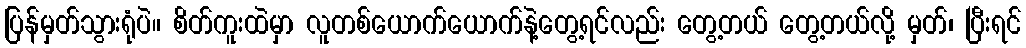
ပြန်မှတ်သွားရုံပဲ။ စိတ်ကူးထဲမှာ လူတစ်ယောက်ယောက်နဲ့တွေ့ရင်လည်း တွေ့တယ် တွေ့တယ်လို့ မှတ်၊ ပြီးရင်